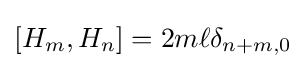
[H_{m},H_{n}]=2m\ell \delta _{n+m,0}